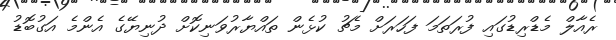
ރެއާލް މެޑްރިޑުގައި ފުރަތަމަ ފަހަރަށް މެޗު ކުޅެން ތައްޔާރުވަނިކޮށް ދުނިޔޭގެ އެންމެ އަގުބޮޑު